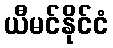
ယီမင်နိုင်ငံ